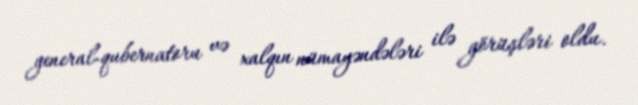
general-qubernatoru və xalqın nümayəndələri ilə görüşləri oldu.